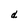
Character: d